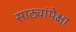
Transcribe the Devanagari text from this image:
साठ्यांपेक्षा